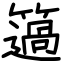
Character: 簻